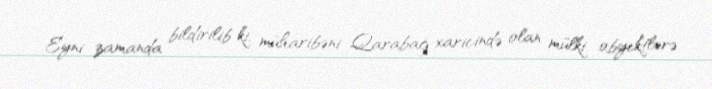
Eyni zamanda bildirilib ki, müharibəni Qarabağ xaricində olan mülki obyektlərə